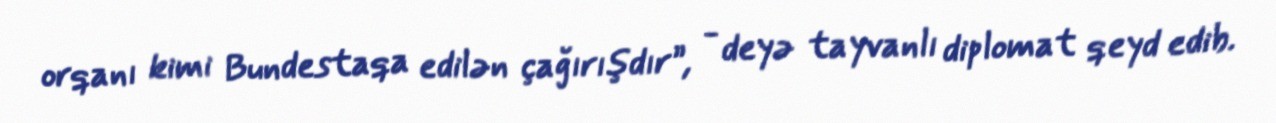
orqanı kimi Bundestaqa edilən çağırışdır”, - deyə tayvanlı diplomat qeyd edib.